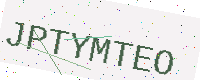
Text: JPTYMTEO